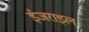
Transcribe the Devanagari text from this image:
ईजराइल